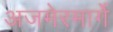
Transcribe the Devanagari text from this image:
अजमेरमार्गे